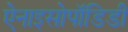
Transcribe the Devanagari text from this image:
ऐनाइसोपॉडिडी